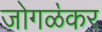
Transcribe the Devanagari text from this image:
जोगळ॓कर